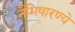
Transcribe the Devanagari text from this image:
नैमिषारण्ये